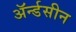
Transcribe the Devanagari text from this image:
ॲर्न्डसीन